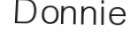
Donnie